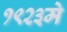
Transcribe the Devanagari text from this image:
१९२३मे